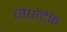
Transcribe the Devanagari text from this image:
ज़ेपोटेक